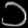
Digit: ၁